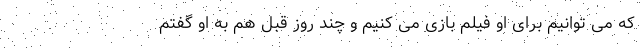
که می توانیم برای او فیلم بازی می کنیم و چند روز قبل هم به او گفتم